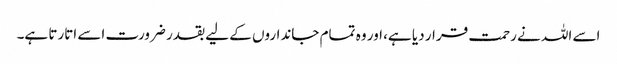
اسے اللہ نے رحمت قرار دیا ہے، اور وہ تمام جانداروں کے لیے بقدر ضرورت اسے اتارتا ہے۔